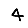
Digit: 4